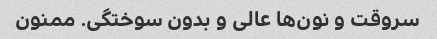
سروقت و نون‌ها عالی و بدون سوختگی. ممنون